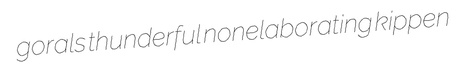
gorals thunderful nonelaborating kippen